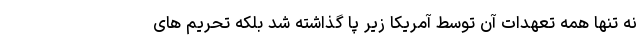
نه تنها همه تعهدات آن توسط آمریکا زیر پا گذاشته شد بلکه تحریم های